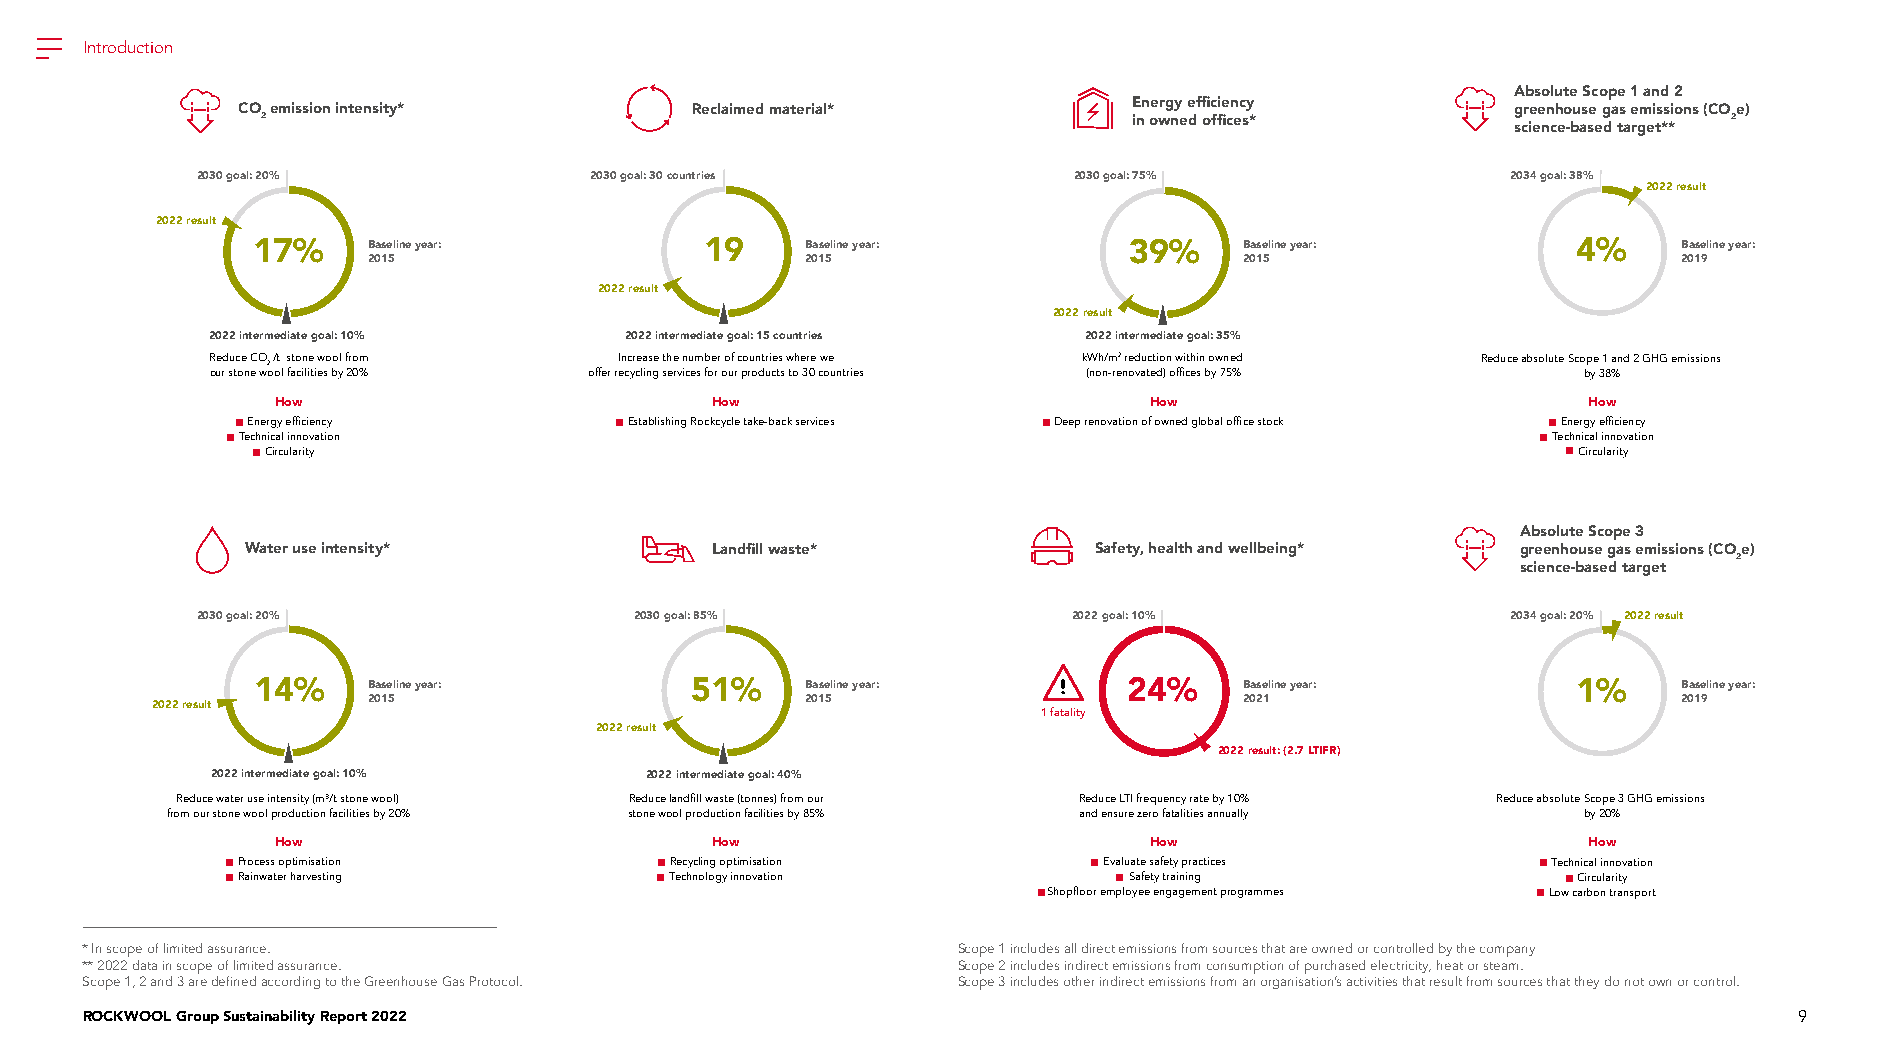
Introduction
 Absolute Scope 1 and 2
 CO emission intensity*        Reclaimed material*          Energy efficiency        greenhouse gas emissions (COe)
 2                                                         in owned offices*                       2
 science-based target**
 2030 goal: 20%            2030 goal: 30 countries         2030 goal: 75%               2034 goal: 38%
 2022 result
 2022 result
 17%    Baseline year:         19    Baseline year:        39%    Baseline year:        4%     Baseline year:
 2015                         2015                         2015                         2019
 2022 result
 2022 result
 2022 intermediate goal: 10% 2022 intermediate goal: 15 countries 2022 intermediate goal: 35%
 Reduce CO/t stone wool from Increase the number of countries where we kWh/m2 reduction within owned Reduce absolute Scope 1 and 2 GHG emissions
 2
 our stone wool facilities by 20% offer recycling services for our products to 30 countries (non-renovated) offices by 75% by 38%
 How                          How                          How                          How
 Energy efficiency         Establishing Rockcycle take-back services Deep renovation of owned global office stock Energy efficiency
 Technical innovation                                                                   Technical innovation
 Circularity                                                                           Circularity
 Absolute Scope 3
 Water use intensity*           Landfill waste*          Safety, health and wellbeing* greenhouse gas emissions (COe)
 2
 science-based target
 2030 goal: 20%               2030 goal: 85%               2022 goal: 10%               2034 goal: 20% 2022 result
 14%    Baseline year:        51%    Baseline year:        24%    Baseline year:        1%     Baseline year:
 2022 result   2015                         2015                         2021                         2019
 1 fatality
 2022 result
 2022 result: (2.7 LTIFR)
 2022 intermediate goal: 10%  2022 intermediate goal: 40%
 Reduce water use intensity (m³/t stone wool) Reduce landfill waste (tonnes) from our Reduce LTI frequency rate by 10% Reduce absolute Scope 3 GHG emissions
 from our stone wool production facilities by 20% stone wool production facilities by 85% and ensure zero fatalities annually by 20%
 How                          How                          How                          How
 Process optimisation        Recycling optimisation       Evaluate safety practices     Technical innovation
 Rainwater harvesting        Technology innovation          Safety training              Circularity
 Shopfloor employee engagement programmes Low carbon transport
 * In scope of limited assurance.                          Scope 1 includes all direct emissions from sources that are owned or controlled by the company
 ** 2022 data in scope of limited assurance.               Scope 2 includes indirect emissions from consumption of purchased electricity, heat or steam.
 Scope 1, 2 and 3 are defined according to the Greenhouse Gas Protocol. Scope 3 includes other indirect emissions from an organisation’s activities that result from sources that they do not own or control.
 ROCKWOOL Group Sustainability Report 2022                                                                         9